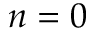
n = 0